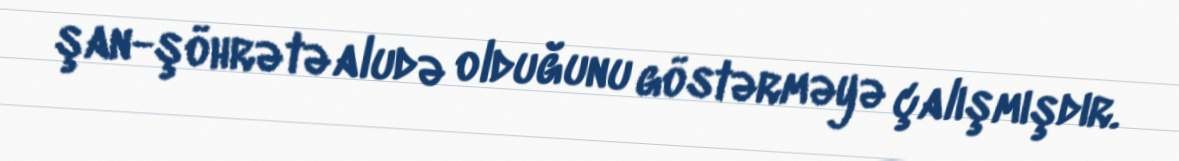
şan-şöhrətə aludə olduğunu göstərməyə çalışmışdır.